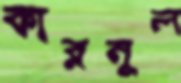
কারনুল